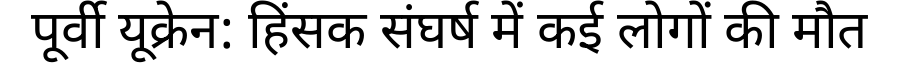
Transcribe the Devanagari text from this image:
पूर्वी यूक्रेन: हिंसक संघर्ष में कई लोगों की मौत